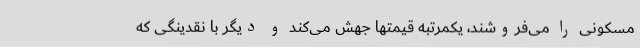
مسکونی را می‌فروشند، یکمرتبه قیمتها جهش می‌کند و دیگر با نقدینگی که